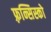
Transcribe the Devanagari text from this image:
फ़्रन्सिस्को